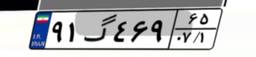
۹۱گ۴۶۹۶۵